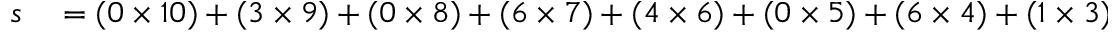
\begin{array} { r l } { s } & { { } = ( 0 \times 1 0 ) + ( 3 \times 9 ) + ( 0 \times 8 ) + ( 6 \times 7 ) + ( 4 \times 6 ) + ( 0 \times 5 ) + ( 6 \times 4 ) + ( 1 \times 3 ) + ( 5 \times 2 ) } \end{array}